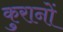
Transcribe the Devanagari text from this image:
कुरानों